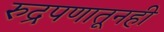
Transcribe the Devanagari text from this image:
रुद्रपणातूनही